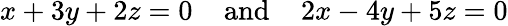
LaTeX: x+3y+2z=0\; \; \; \; {\mathrm{and}}\; \; \; \; 2x-4y+5z=0